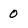
Character: 0